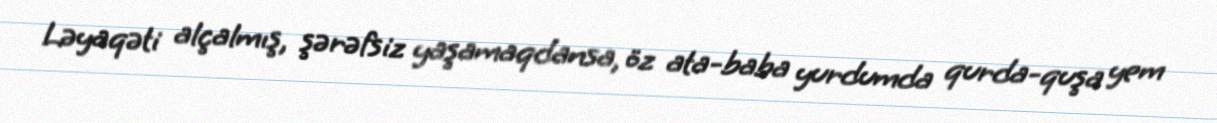
Ləyaqəti alçalmış, şərəfsiz yaşamaqdansa, öz ata-baba yurdumda qurda-quşa yem